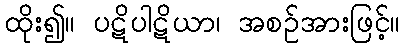
ထိုး၍။ ပဋိပါဋိယာ၊ အစဉ်အားဖြင့်။